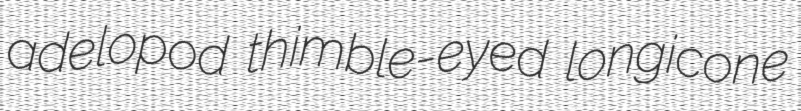
adelopod thimble-eyed longicone